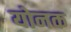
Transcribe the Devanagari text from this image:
योनक